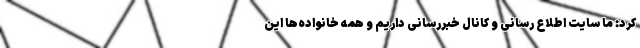
کرد: ما سایت اطلاع رسانی و کانال خبررسانی داریم و همه خانواده‌ها این